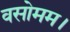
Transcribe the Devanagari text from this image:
वसोमम।